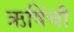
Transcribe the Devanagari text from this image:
ऋषिंची